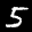
Label: 5